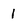
Character: l